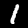
Label: 1